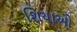
શિયાઓ